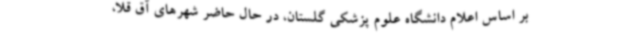
بر اساس اعلام دانشگاه علوم پزشکی گلستان، در حال حاضر شهرهای آق قلا،